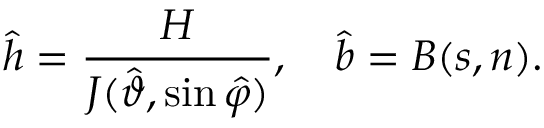
\hat { h } = \frac { H } { J ( \hat { \vartheta } , \sin \hat { \varphi } ) } , \quad \hat { b } = B ( s , n ) .